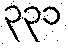
၃၃၁